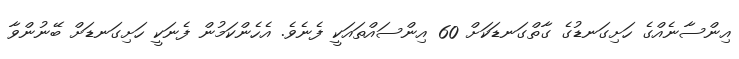
އިންސާނެއްގެ ހަށިގަނޑުގެ ގާތްގަނޑަކަށް 60 އިންސައްތައަކީ ފެނެވެ. އެހެންކަމުން ފެނަކީ ހަށިގަނޑަށް ބޭނުންވާ